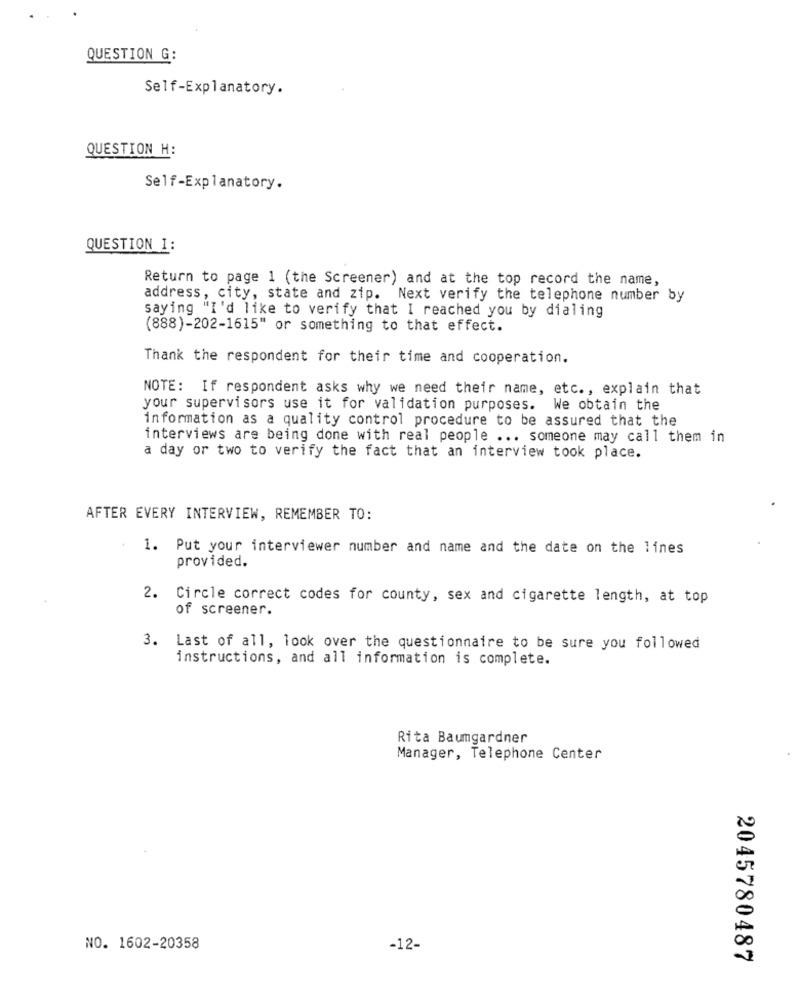
QUESTION G:
Self-Explanatory.
QUESTION H:
Self-Explanatory.
QUESTION I:
Return to page 1 (the Screener) and at the top record the name,
address, city, state and zip. Next verify the telephone number by
saying "I'd like to verify that I reached you by dialing
(888)-202-1615" or something to that effect.
Thank the respondent for their time and cooperation.
NOTE: If respondent asks why we need their name, etc ., explain that
your supervisors use it for validation purposes. We obtain the
information as a quality control procedure to be assured that the
interviews are being done with real people ... someone may call them in
a day or two to verify the fact that an interview took place.
AFTER EVERY INTERVIEW, REMEMBER TO:
1. Put your interviewer number and name and the date on the lines
provided.
2. Circle correct codes for county, sex and cigarette length, at top
of screener.
3. Last of all, look over the questionnaire to be sure you followed
instructions, and all information is complete.
Rita Baumgardner
Manager, Telephone Center
NO. 1602-20358
-12-
2045780487